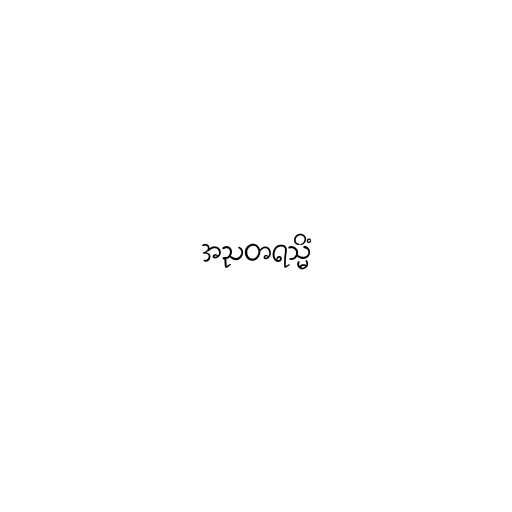
အညတရသ္မိံ